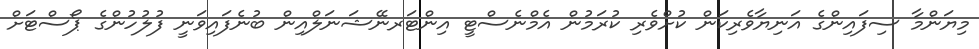
މިޔަންމާ ސިފައިންގެ އަނިޔާވެރިކަން ކުށްވެރި ކުރަމުން އެމްނެސްޓީ އިންޓަރނޭޝަނަލްއިން ބުނެފައިވަނީ ފުލުހުންގެ ޕޯސްޓަށް